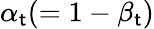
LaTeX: \alpha_{\mathsf{t}}(=1-\beta_{\mathsf{t}})